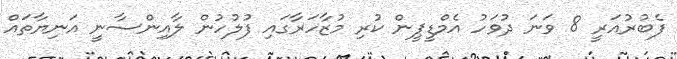
ފެބުރުއަރީ 8 ވަނަ ދުވަހު އެމްޑީޕީން ކުރި މުޒާހަރާގައި ފުލުހުން ލާއިންސާނީ އަނިޔާތައް